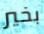
بخير